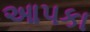
આપકા